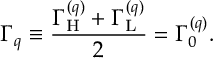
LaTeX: \Gamma _ { q } \equiv \frac { \Gamma _ { \mathrm { H } } ^ { ( q ) } + \Gamma _ { \mathrm { L } } ^ { ( q ) } } { 2 } = \Gamma _ { 0 } ^ { ( q ) } .